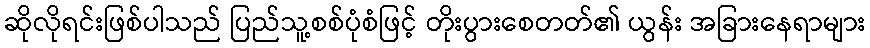
ဆိုလိုရင်းဖြစ်ပါသည် ပြည်သူ့စစ်ပုံစံဖြင့် တိုးပွားစေတတ်၏ ယွန်း အခြားနေရာများ